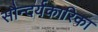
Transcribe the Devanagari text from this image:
सौन्दर्यकारिका